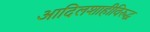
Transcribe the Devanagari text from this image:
आदिलशाहीविरुद्ध